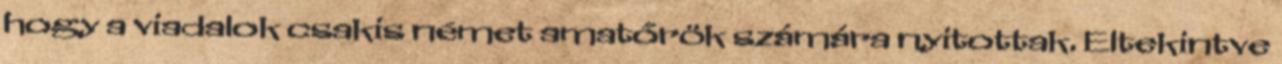
hogy a viadalok csakis német amatőrök számára nyitottak. Eltekintve